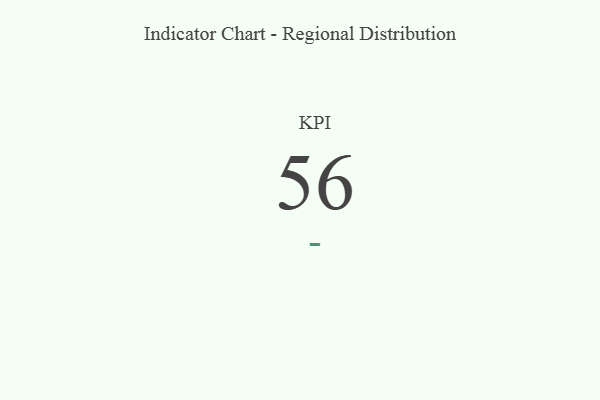
{"axis": {"x": "KPI", "y": "Value"}, "legend": [""], "data": [{"x": "KPI", "y": 56, "type": ""}]}